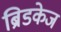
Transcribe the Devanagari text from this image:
ब्रिडकेज